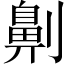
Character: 劓